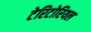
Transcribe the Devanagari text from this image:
टेरिटोरियल